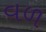
વળ